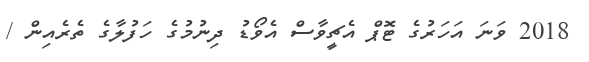
2018 ވަނަ އަހަރުގެ ޓޮޕް އެޗީވާސް އެވޯޑު ދިނުމުގެ ހަފުލާގެ ތެރެއިން /